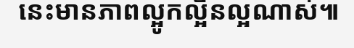
នេះមានភាពល្អូកល្អិនល្អណាស់៕